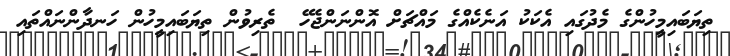
ތިޔަބައިމީހުންގެ މެދުގައި އެކަކު އަނެކެއްގެ މައްޗަށް އޮންނަންޖެހޭ  ތެރިވުން ތިޔަބައިމީހުން ހަނދާންނައްތައި